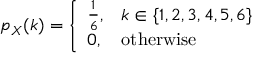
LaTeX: p _ { X } ( k ) = { \left\{ \begin{array} { l l } { { \frac { 1 } { 6 } } , } & { k \in \{ 1 , 2 , 3 , 4 , 5 , 6 \} } \\ { 0 , } & { { \mathrm { o t h e r w i s e } } } \end{array} \right. }